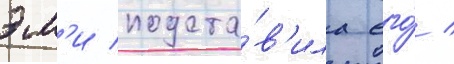
эм'и подста́в'ила его́ /